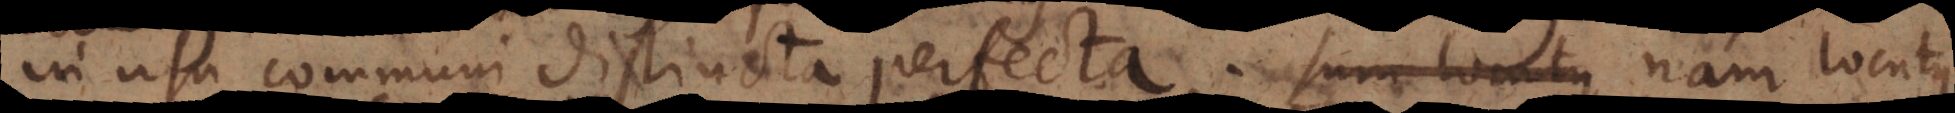
in usu communi distincta perfecta. Sum locutus Nam locutus